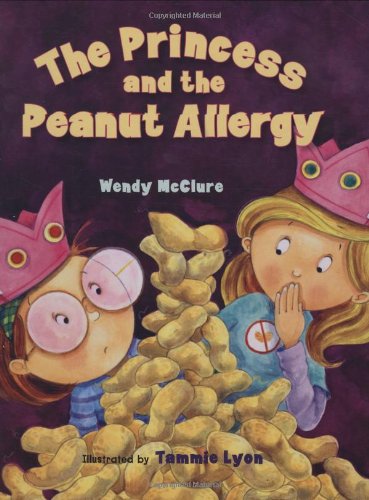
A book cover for The Princess and the Peanut Allergy; Wendy McClure; Health, Fitness & Dieting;